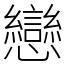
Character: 戀